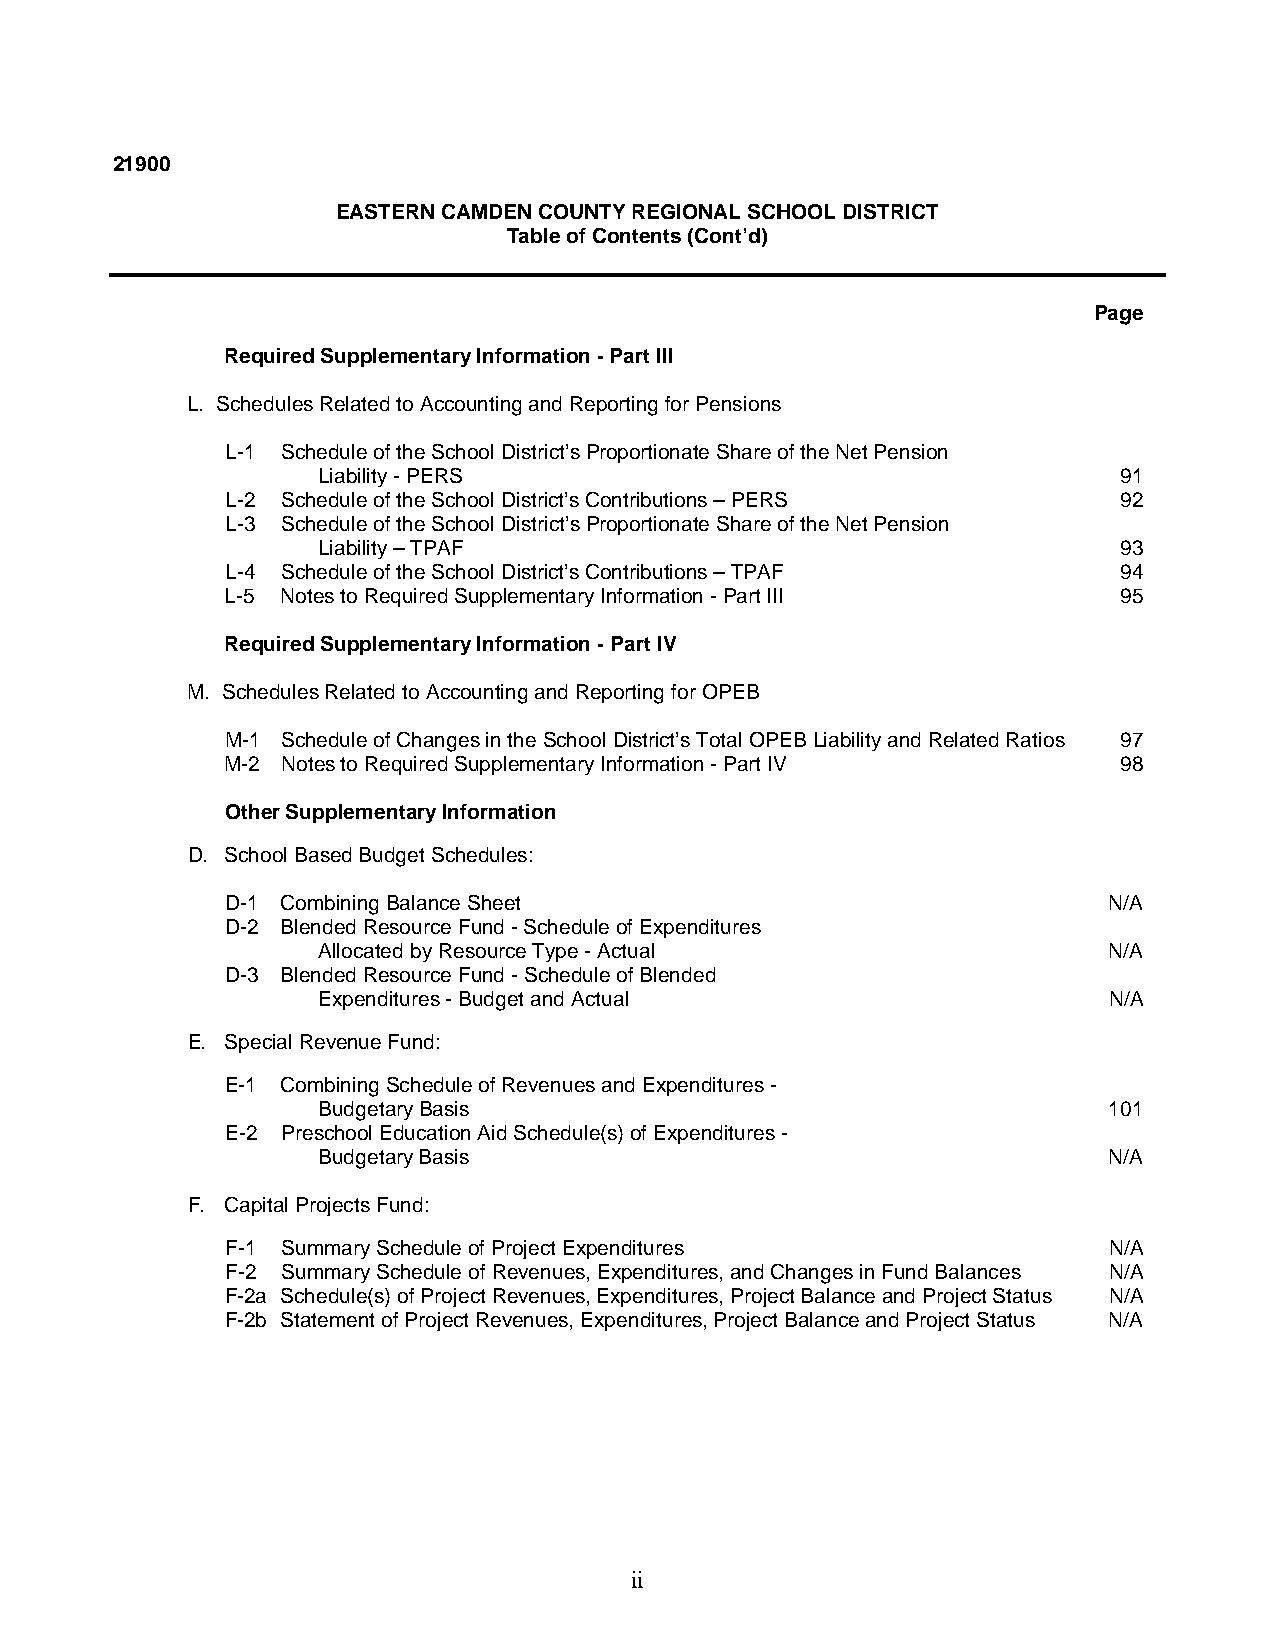
21900
 EASTERN CAMDEN COUNTY REGIONAL SCHOOL DISTRICT
 Table of Contents (Cont’d)
 Page
 Required Supplementary Information - Part III
 L. Schedules Related to Accounting and Reporting for Pensions
 L-1 Schedule of the School District’s Proportionate Share of the Net Pension
 Liability - PERS                                     91
 L-2 Schedule of the School District’s Contributions – PERS 92
 L-3 Schedule of the School District’s Proportionate Share of the Net Pension
 Liability – TPAF                                     93
 L-4 Schedule of the School District’s Contributions – TPAF 94
 L-5 Notes to Required Supplementary Information - Part III 95
 Required Supplementary Information - Part IV
 M. Schedules Related to Accounting and Reporting for OPEB
 M-1 Schedule of Changes in the School District’s Total OPEB Liability and Related Ratios 97
 M-2 Notes to Required Supplementary Information - Part IV  98
 Other Supplementary Information
 D. School Based Budget Schedules:
 D-1 Combining Balance Sheet                               N/A
 D-2 Blended Resource Fund - Schedule of Expenditures
 Allocated by Resource Type - Actual                 N/A
 D-3 Blended Resource Fund - Schedule of Blended
 Expenditures - Budget and Actual                    N/A
 E. Special Revenue Fund:
 E-1 Combining Schedule of Revenues and Expenditures -
 Budgetary Basis                                     101
 E-2 Preschool Education Aid Schedule(s) of Expenditures -
 Budgetary Basis                                     N/A
 F. Capital Projects Fund:
 F-1 Summary Schedule of Project Expenditures              N/A
 F-2 Summary Schedule of Revenues, Expenditures, and Changes in Fund Balances N/A
 F-2a Schedule(s) of Project Revenues, Expenditures, Project Balance and Project Status N/A
 F-2b Statement of Project Revenues, Expenditures, Project Balance and Project Status N/A
 ii